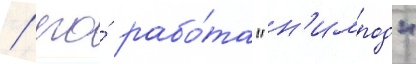
/ его́ рабо́та "н'имрод"